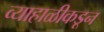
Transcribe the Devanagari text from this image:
व्याहाळीकडून